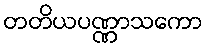
တတိယပဏ္ဏာသကော